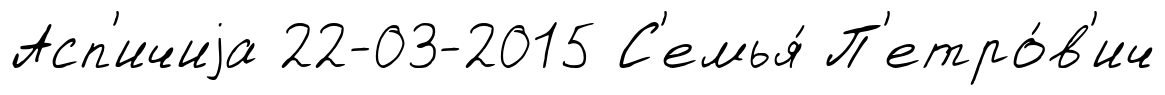
Асп'ичиjа 22-03-2015 С'емья́ П'етро́в'ич